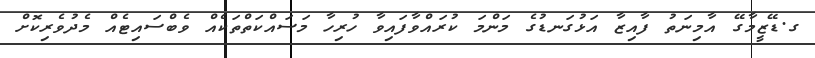
ގ.ޑޭޒީމާގޭ އާމިނަތު ފާއިޒާ އަޅުގަނޑުގެ މަންމަ ކުރައްވާފައިވާ ހުރިހާ މަސައްކަތްތަކެއް ވެބްސައިޓެއް މެދުވެރިކޮށް